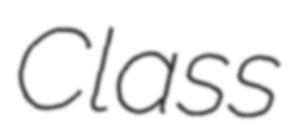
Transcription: Class